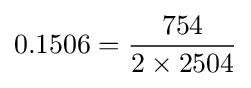
0.1506={\frac {754}{2\times 2504}}